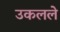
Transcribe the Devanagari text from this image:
उकलले